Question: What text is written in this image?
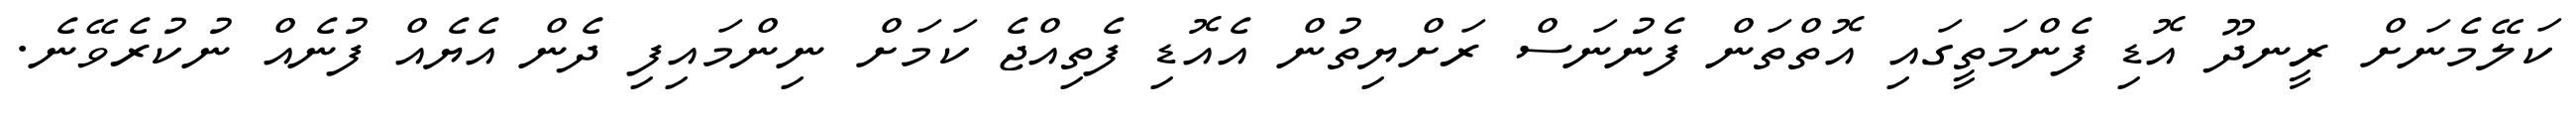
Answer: ކަލޭމެނަށް ރީނދޫ އޮޑި ފެންމަތީގައި އޮތްތަން ފެނުނަސް ރަށްޔިތުން އެއޮޑި ފެތިއްޖެ ކަމަށް ނިންމައިފި ދެން އެޔެއް ފުނެއް ނުކުރެވޭނެ.